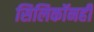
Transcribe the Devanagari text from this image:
सिलिकॉनही